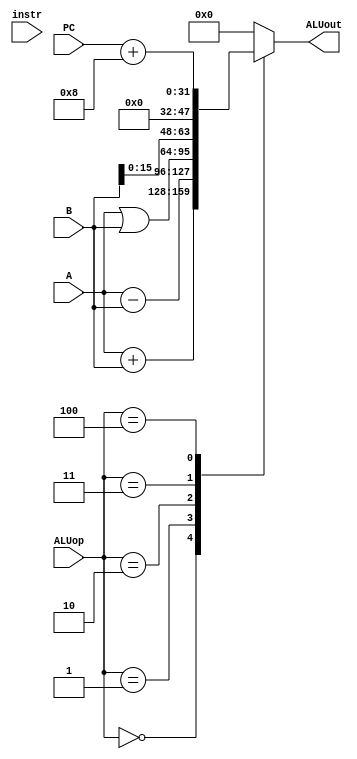
module ALU(
    input [31:0] A,
    input [31:0] B,
    input [31:0] PC,
	 input [31:0] instr,
    input [31:0] ALUop, 
    output [31:0] ALUout
);

reg [31:0] ALUout_reg;

initial begin
    ALUout_reg <= 0;
end

always @ (*) begin
    case (ALUop)
    0: ALUout_reg <= A + B ;
    1: ALUout_reg <= A - B ;
    2: ALUout_reg <= A | B ;
    3: ALUout_reg <= B<<16 ;
    4: ALUout_reg <= PC + 8;
    default : ALUout_reg <= 0;
    endcase
end

assign ALUout =ALUout_reg;

endmodule